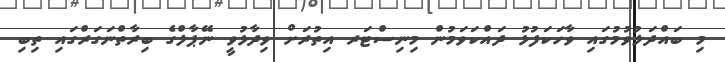
މި ބައްދަލުވުމުގައި ވާހަކަފުޅު ދައްކަވަމުން މިނިސްޓަރ އިތުރަށް ވިދާޅުވީ ނޭޕާލްގެ ބިރާތްނަގަރްގައި ތިބި